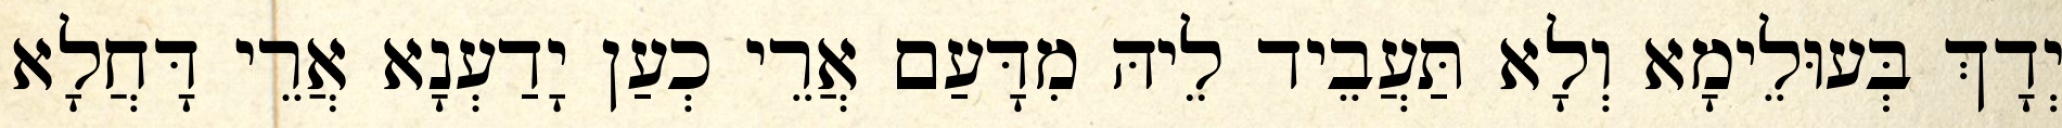
יְדָךְ בְּעוּלֵימָא וְלָא תַּעֲבֵיד לֵיהּ מִדָּעַם אֲרֵי כְעַן יָדַעְנָא אֲרֵי דָּחֲלָא